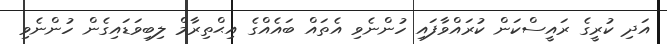
އަދި ކުރީގެ ރައީސްކަން ކުރައްވާފައި ހުންނެވި އެތައް ބައެއްގެ އިޙްތިރާމް ލިބިވަޑައިގެން ހުންނެވި